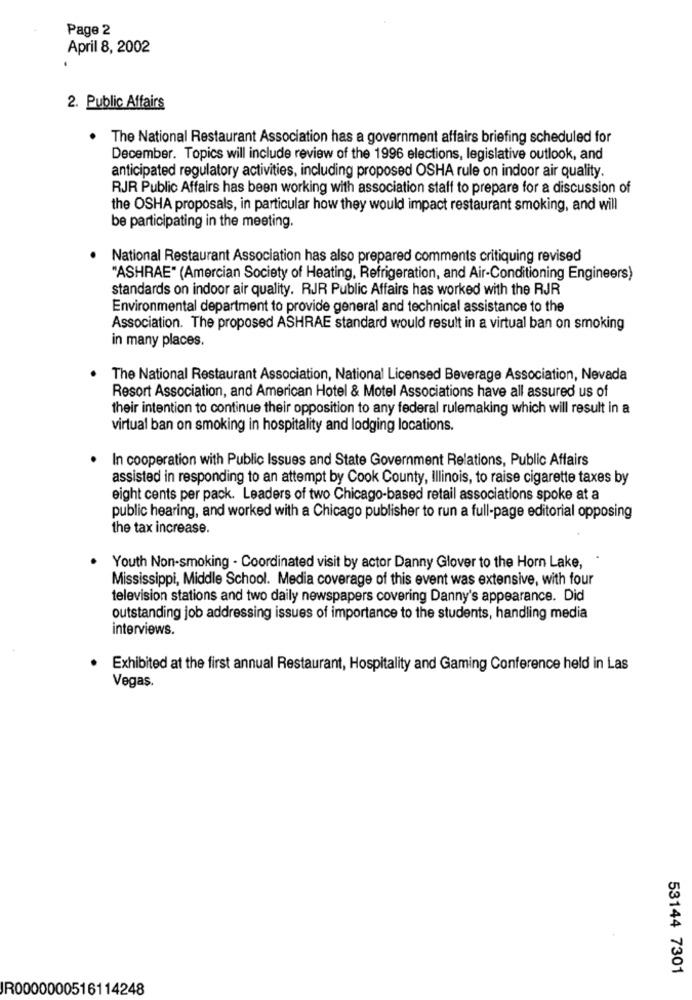
Page 2
April 8, 2002
2. Public Affairs
. The National Restaurant Association has a government affairs briefing scheduled for
December. Topics will include review of the 1996 elections, legislative outlook, and
anticipated regulatory activities, including proposed OSHA rule on indoor air quality.
RJR Public Affairs has been working with association staff to prepare for a discussion of
the OSHA proposals, in particular how they would impact restaurant smoking, and will
be participating in the meeting.
National Restaurant Association has also prepared comments critiquing revised
"ASHRAE" (Amercian Society of Heating, Refrigeration, and Air-Conditioning Engineers)
standards on indoor air quality. RJR Public Affairs has worked with the RJR
Environmental department to provide general and technical assistance to the
Association. The proposed ASHRAE standard would result in a virtual ban on smoking
in many places.
The National Restaurant Association, National Licensed Beverage Association, Nevada
Resort Association, and American Hotel & Motel Associations have all assured us of
their intention to continue their opposition to any federal rulemaking which will result in a
virtual ban on smoking in hospitality and lodging locations.
In cooperation with Public Issues and State Government Relations, Public Affairs
assisted in responding to an attempt by Cook County, Illinois, to raise cigarette taxes by
eight cents per pack. Leaders of two Chicago-based retail associations spoke at a
public hearing, and worked with a Chicago publisher to run a full-page editorial opposing
the tax increase.
Youth Non-smoking - Coordinated visit by actor Danny Glover to the Horn Lake,
Mississippi, Middle School. Media coverage of this event was extensive, with four
television stations and two daily newspapers covering Danny's appearance. Did
outstanding job addressing issues of importance to the students, handling media
interviews.
. Exhibited at the first annual Restaurant, Hospitality and Gaming Conference held in Las
Vegas
53144 7301
JR0000000516114248